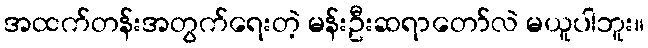
အထက်တန်းအတွက်ရေးတဲ့ မန်းဦးဆရာတော်လဲ မယူပါဘူး။